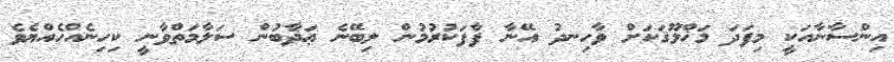
އިންސާނާއަކީ މިފަދަ މަޚްލޫޤަކަށް ވާހިނދު އޭނާ ފާފަކުރުމުން ލިބޭނެ ޢަޛާބުން ސަލާމަތްވާނީ ކިހިނެއްހެއްޔެވެ